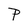
Character: P